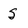
Character: S